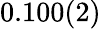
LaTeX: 0.100(2)